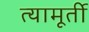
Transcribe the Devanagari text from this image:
त्यामूर्ती